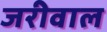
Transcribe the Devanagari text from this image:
जरीवाल